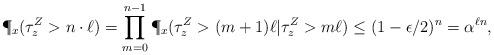
LaTeX: \begin{align*}\P_x(\tau^Z_z > n \cdot \ell) = \prod_{m = 0}^{n-1} \P_x(\tau^Z_z > (m+1)\ell | \tau^Z_z > m \ell) \leq (1 - \epsilon/2)^n = \alpha^{\ell n},\end{align*}